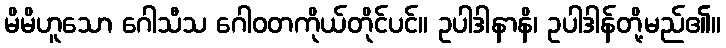
မိမိဟူသော ဂေါသီသ ဂေါဝတကိုယ်တိုင်ပင်။ ဥပါဒါနာနိ၊ ဥပါဒါန်တို့မည်၏။